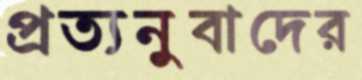
প্রত্যনুবাদের